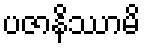
ပဇာနိဿာမိ